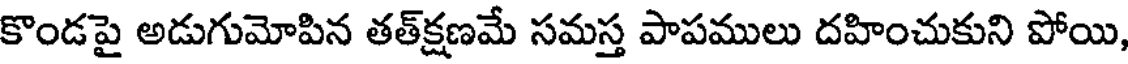
కొండపై అడుగుమోపిన తత్క్షణమే సమస్త పాపములు దహించుకుని పోయి,